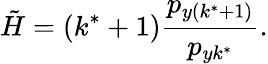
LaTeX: \tilde{H}=(k^{\ast}+1)\frac{p_{y(k^{\ast}+1)}}{p_{yk^{\ast}}}.